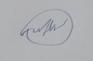
Signature authenticity: forged